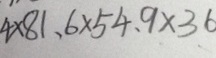
4 \times 8 1 , 6 \times 5 4 , 9 \times 3 6